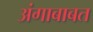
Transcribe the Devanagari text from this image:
अंगाबाबत